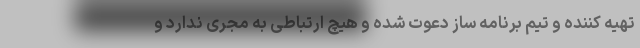
تهیه کننده و تیم برنامه ساز دعوت شده و هیچ ارتباطی به مجری ندارد و